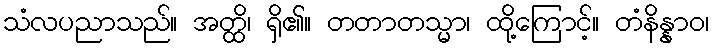
သံလပညာသည်။ အတ္ထိ၊ ရှိ၏။ တတာတသ္မာ၊ ထို့ကြောင့်။ တံနိန္နာဝ၊